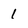
Character: 1